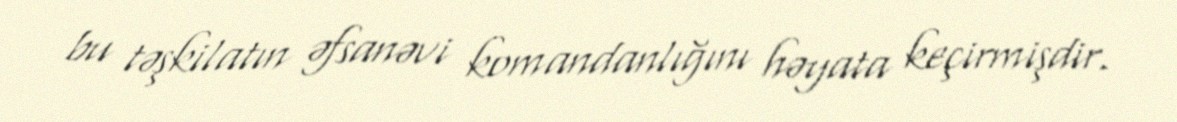
bu təşkilatın əfsanəvi komandanlığını həyata keçirmişdir.